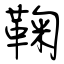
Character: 鞠